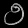
Digit: ၅